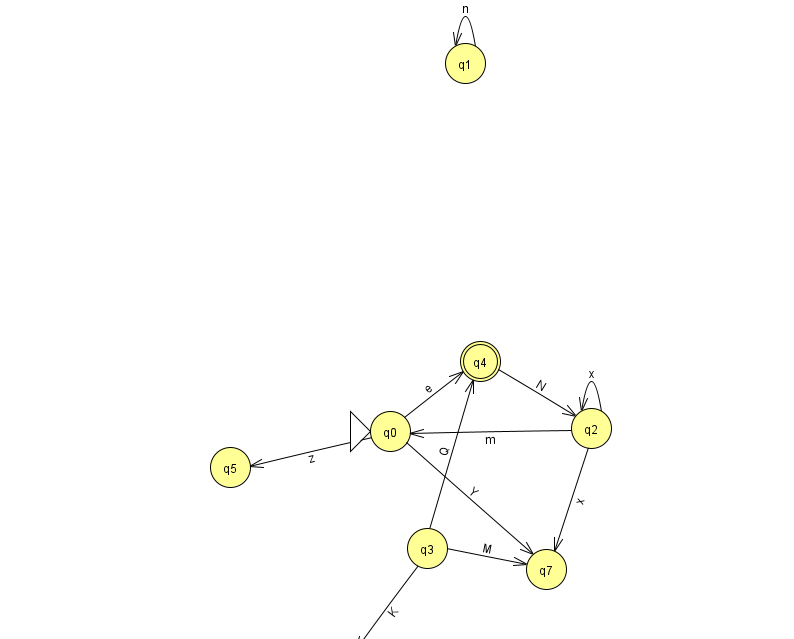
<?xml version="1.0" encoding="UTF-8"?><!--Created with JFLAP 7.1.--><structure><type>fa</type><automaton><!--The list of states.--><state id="0" name="q0"><x>390.0</x><y>418.0</y><initial/></state><state id="1" name="q1"><x>465.0</x><y>50.0</y></state><state id="2" name="q2"><x>591.0</x><y>415.0</y></state><state id="3" name="q3"><x>427.0</x><y>535.0</y></state><state id="4" name="q4"><x>480.0</x><y>348.0</y><final/></state><state id="5" name="q5"><x>230.0</x><y>454.0</y></state><state id="6" name="q6"><x>342.0</x><y>651.0</y></state><state id="7" name="q7"><x>546.0</x><y>556.0</y></state><!--The list of transitions.--><transition><from>0</from><to>4</to><read>e</read></transition><transition><from>0</from><to>5</to><read>z</read></transition><transition><from>3</from><to>6</to><read>K</read></transition><transition><from>3</from><to>7</to><read>M</read></transition><transition><from>2</from><to>2</to><read>x</read></transition><transition><from>4</from><to>2</to><read>N</read></transition><transition><from>3</from><to>4</to><read>Q</read></transition><transition><from>0</from><to>7</to><read>Y</read></transition><transition><from>1</from><to>1</to><read>n</read></transition><transition><from>2</from><to>7</to><read>x</read></transition><transition><from>2</from><to>0</to><read>m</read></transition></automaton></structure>